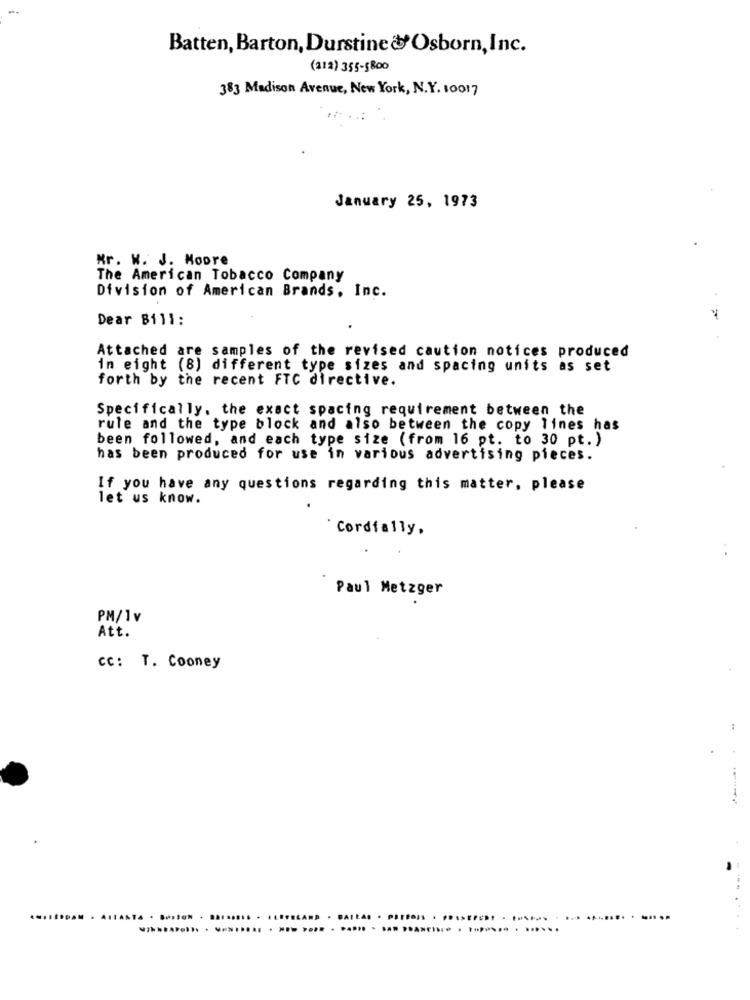
Batten, Barton, Durstine&Osborn,Inc.
(312) 355-5800
383 Madison Avenue, New York, N.Y. 10017
January 25, 1973
Mr. W. J. Moore
The American Tobacco Company
Division of American Brands, Inc.
Dear Bill:
=
Attached are samples of the revised caution notices produced
in eight (8) different type sizes and spacing units as set
forth by the recent FTC directive.
Specifically, the exact spacing requirement between the
rule and the type block and also between the copy lines has
been followed, and each type size (from 16 pt. to 30 pt. )
has been produced for use in various advertising pieces.
If you have any questions regarding this matter, please
let us know.
Cordfally,
..
Paul Metzger
PM/1v
Att.
cc: T. Cooney
ANTA . ... SON . .....
. ... FELAND
.. . ... .....